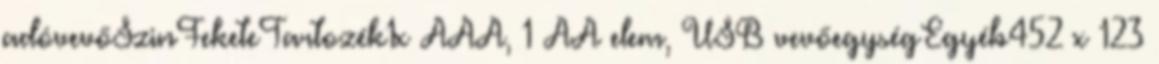
adóvevőSzinFeketeTartozék1x AAA, 1 AA elem, USB vevőegységEgyéb452 x 123